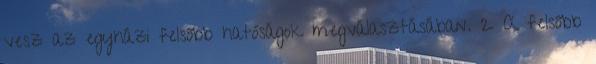
vesz az egyházi felsőbb hatóságok megválasztásában. 2 A felsőbb